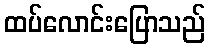
ထပ်လောင်းပြောသည်